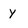
Character: y